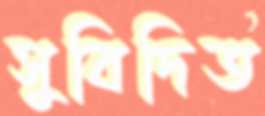
সুবিদিত